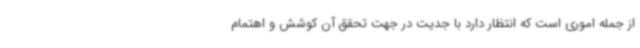
از جمله اموری است که انتظار دارد با جدیت در جهت تحقق آن کوشش و اهتمام